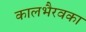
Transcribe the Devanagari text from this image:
कालभैरवका